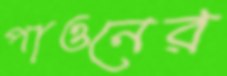
পাওনের